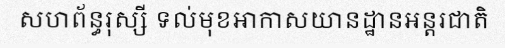
សហព័ន្ធរុស្សី ទល់មុខអាកាសយានដ្ឋានអន្តរជាតិ